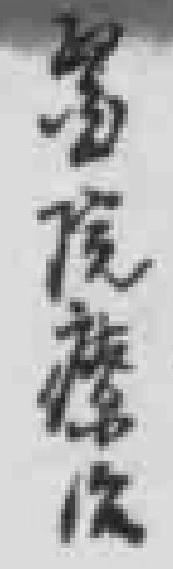
*院療治